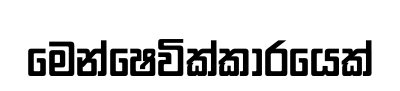
මෙන්ෂෙවික්කාරයෙක්